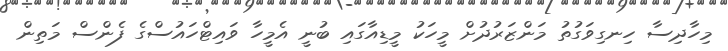
މިހާދިސާ ހިނގިވަގުތު މަންޒަރުދުށް މީހަކު މީޑިއާގައި ބުނީ އެމީހާ ވައިޓްހައުސްގެ ފެންސް މަތިން